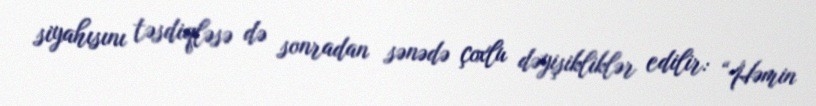
siyahısını təsdiqləsə də sonradan sənədə çoxlu dəyişikliklər edilir: “Həmin